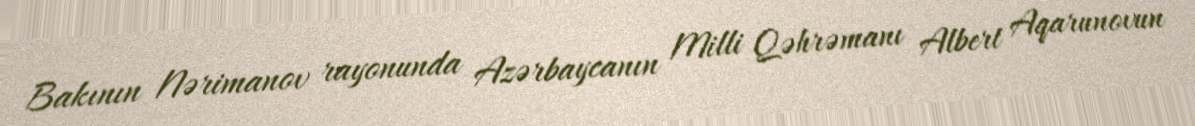
Bakının Nərimanov rayonunda Azərbaycanın Milli Qəhrəmanı Albert Aqarunovun